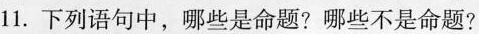
11.下列语句中，哪些是命题？哪些不是命题？